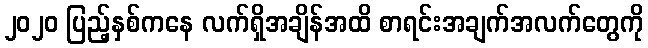
၂၀၂၀ ပြည့်နှစ်ကနေ လက်ရှိအချိန်အထိ စာရင်းအချက်အလက်တွေကို